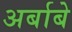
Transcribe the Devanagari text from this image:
अर्बाबे